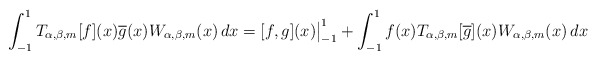
\begin{align*}\int_{-1}^1T_{\alpha,\beta,m}[f](x)\overline{g}(x)W_{\alpha,\beta, m}(x)\,dx=[f,g](x)\big|_{-1}^1+\int_{-1}^1f(x)T_{\alpha,\beta,m}[\overline{g}](x)W_{\alpha,\beta, m}(x)\,dx\end{align*}